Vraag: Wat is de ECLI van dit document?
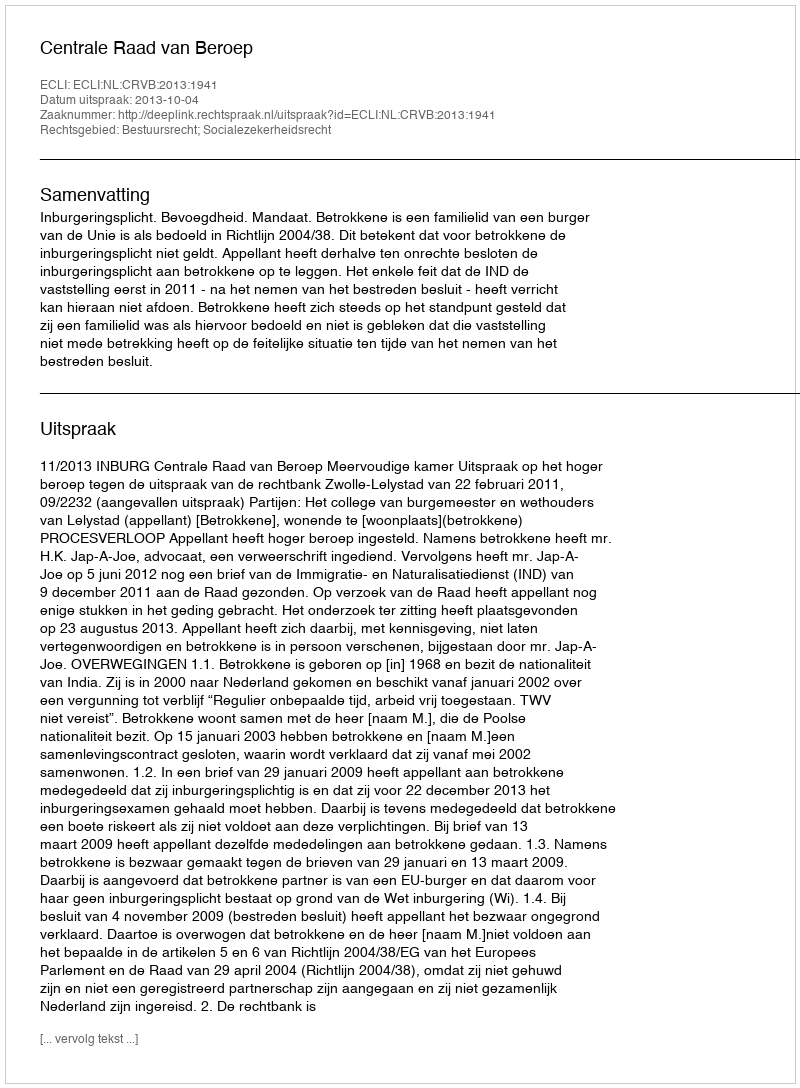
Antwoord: ECLI:NL:CRVB:2013:1941